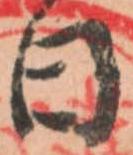
日